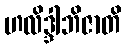
ဟလိဒ္ဒါဘိဇာတိ